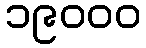
၁၉၀၀၀